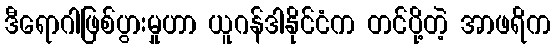
ဒီရောဂါဖြစ်ပွားမှုဟာ ယူဂန်ဒါနိုင်ငံက တင်ပို့တဲ့ အာဖရိက